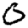
Digit: 0